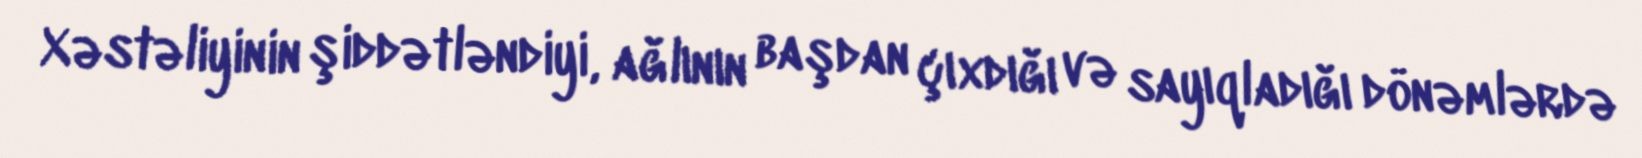
Xəstəliyinin şiddətləndiyi, ağlının başdan çıxdığı və sayıqladığı dönəmlərdə